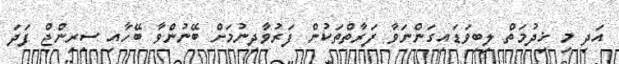
އަދި މި ޚިދުމަތް ލިބިވަޑައިގަންނަވާ ފަރާތްތަކުން ފަރުވާދިނުމަށް ބޭނުންވާ ބޭހާއި ސިރިންޖް ފަދަ